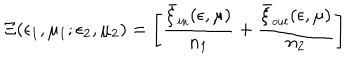
\Xi ( \epsilon _ { 1 } , \mu _ { 1 } ; \epsilon _ { 2 } , \mu _ { 2 } ) = \left[ { \frac { \bar { \xi } _ { \small i n } ( \epsilon , \mu ) } { n _ { 1 } } } + { \frac { \bar { \xi } _ { \small o u t } ( \epsilon , \mu ) } { n _ { 2 } } } \right]